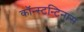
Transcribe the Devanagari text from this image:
कॉन्स्टन्टिनास